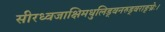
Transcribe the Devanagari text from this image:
सीरध्वजाक्षिमधुलिड्वनरुड्वराङ्घ्रेः।